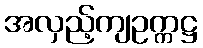
အလှည့်ကျဥက္ကဋ္ဌ